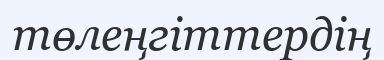
төлеңгіттердің